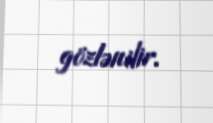
gözlənilir.